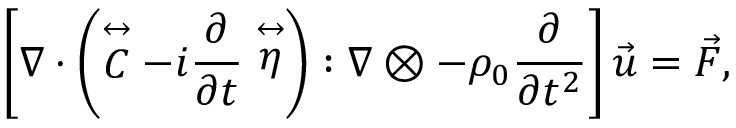
\left[ \nabla \cdot \left( \stackrel { \leftrightarrow } { C } - i \frac { \partial } { \partial t } \stackrel { \leftrightarrow } { \eta } \right) : \nabla \otimes - \rho _ { 0 } \frac { \partial } { \partial t ^ { 2 } } \right] \vec { u } = \vec { F } ,